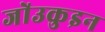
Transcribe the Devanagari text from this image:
जो॑उकुइन